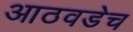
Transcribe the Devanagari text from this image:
आठवडेच